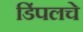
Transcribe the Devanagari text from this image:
डिंपलचे